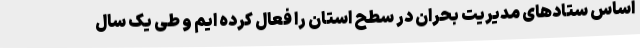
اساس ستادهای مدیریت بحران در سطح استان را فعال کرده ایم و طی یک سال